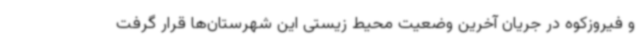
و فیروزکوه در جریان آخرین وضعیت محیط زیستی این شهرستان‌ها قرار گرفت